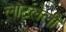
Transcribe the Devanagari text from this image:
लाटलेली